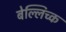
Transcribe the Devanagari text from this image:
बेल्लिच्क